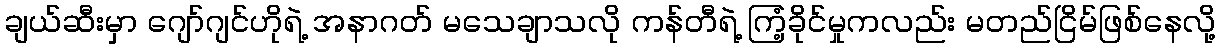
ချယ်ဆီးမှာ ဂျော်ဂျင်ဟိုရဲ့ အနာဂတ် မသေချာသလို ကန်တီရဲ့ ကြံ့ခိုင်မှုကလည်း မတည်ငြိမ်ဖြစ်နေလို့